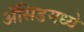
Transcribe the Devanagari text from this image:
ॲसिडमध्ये